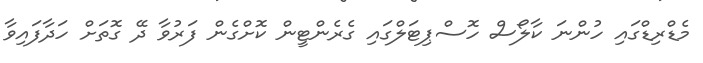
މެޑްރިޑްގައި ހުންނަ ކާލޯސް ހޮސްޕިޓަލްގައި ގެރެންޓީން ކޮށްގެން ފަރުވާ ދޭ ގޮތަށް ހަދާފައިވާ